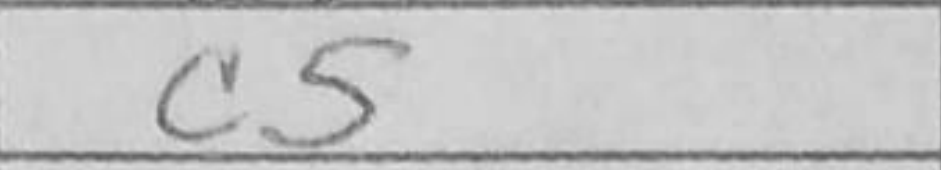
Transcription: c5